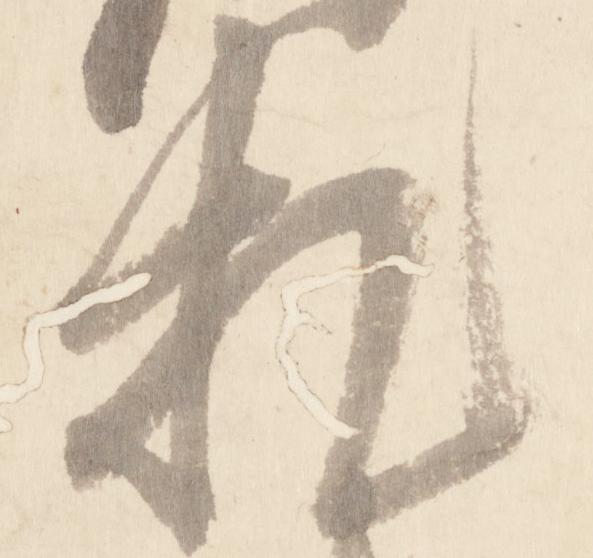
札